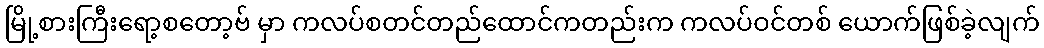
မြို့စားကြီးရော့စတော့ဗ် မှာ ကလပ်စတင်တည်ထောင်ကတည်းက ကလပ်ဝင်တစ် ယောက်ဖြစ်ခဲ့လျက်